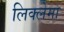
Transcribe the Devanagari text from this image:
लिक्लेमा